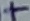
Text: +